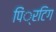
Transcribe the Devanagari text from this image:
पिं्रटिग